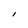
Character: l